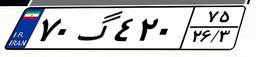
۷۰گ۴۲۰۷۵